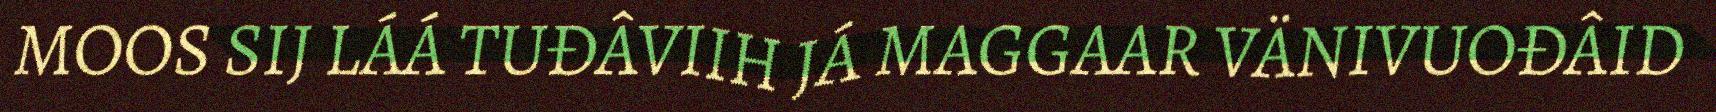
MOOS SIJ LÁÁ TUĐÂVIIH JÁ MAGGAAR VÄNIVUOĐÂID